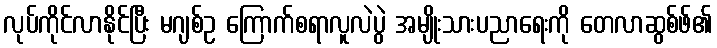
လုပ်ကိုင်လာနိုင်ပြီး မဂျစ်ဥ ကြောက်စရာလူလဲပွဲ အမျိုးသားပညာရေးကို တေလာဆွစ်ဖ်၏